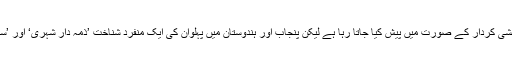
قدیم مغربی ادب میں پہلوانوں کو عام طور پر ایک وحشی کردار کے صورت میں پیش کیا جاتا رہا ہے لیکن پنجاب اور ہندوستان میں پہلوان کی ایک منفرد شناخت ’ذمہ دار شہری‘ اور ’سماجی طور پر بارعب و بااختیار‘ شخص کی رہی ہے۔